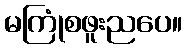
မကြုံစဖူးညပေ။